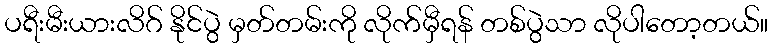
ပရီးမီးယားလိဂ် နိုင်ပွဲ မှတ်တမ်းကို လိုက်မှီရန် တစ်ပွဲသာ လိုပါတော့တယ်။